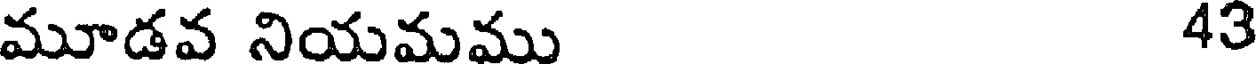
మూడవ నియమము 43